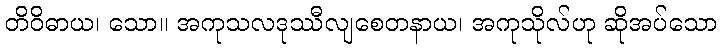
တိဝိဓာယ၊ သော။ အကုသလဒုဿီလျစေတနာယ၊ အကုသိုလ်ဟု ဆိုအပ်သော